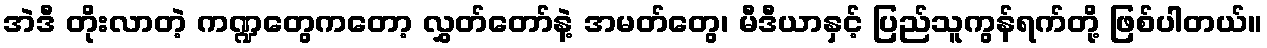
အဲဒီ တိုးလာတဲ့ ကဏ္ဍတွေကတော့ လွှတ်တော်နဲ့ အမတ်တွေ၊ မီဒီယာနှင့် ပြည်သူကွန်ရက်တို့ ဖြစ်ပါတယ်။